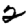
Digit: 2